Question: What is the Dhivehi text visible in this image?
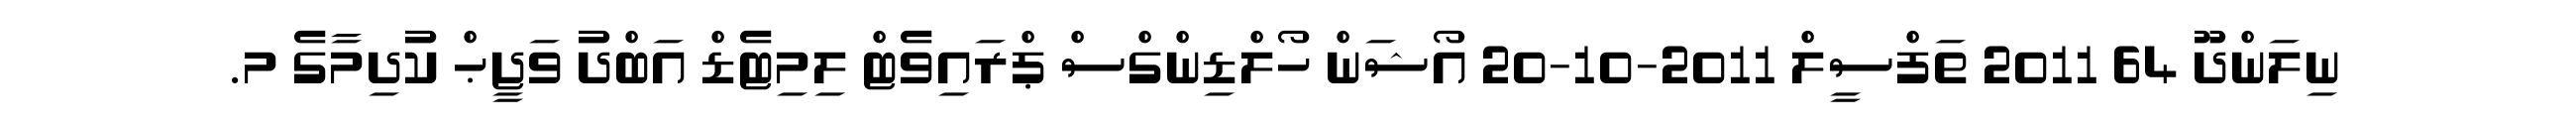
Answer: ނިލަންދޫ 64 2011 ތަފްސީލް 2011-10-20 އޯޝަން ހޯލްޑިންގްސް ޕްރައިވެޓް ލިމިޓެޑް އަބްދު ވަޖީޙް ކުދިމާގެ މ.